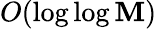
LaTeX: O(\log\log\mathbf{M})